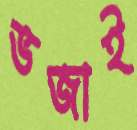
ভজাই